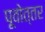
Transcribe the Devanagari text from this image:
पूवोत्तर